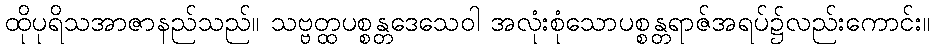
ထိုပုရိသအာဇာနည်သည်။ သဗ္ဗတ္ထပစ္စန္တဒေသေဝါ အလုံးစုံသောပစ္စန္တရာဇ်အရပ်၌လည်းကောင်း။